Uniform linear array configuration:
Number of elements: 64
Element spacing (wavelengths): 0.75
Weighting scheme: kaiser
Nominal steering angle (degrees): -30
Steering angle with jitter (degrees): -28.984
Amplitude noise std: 0.05
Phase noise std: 0.05

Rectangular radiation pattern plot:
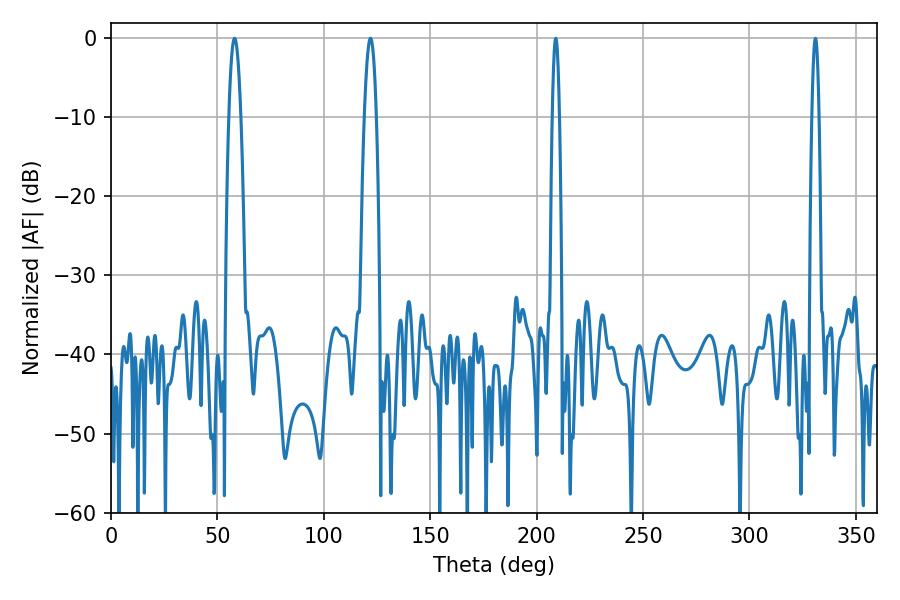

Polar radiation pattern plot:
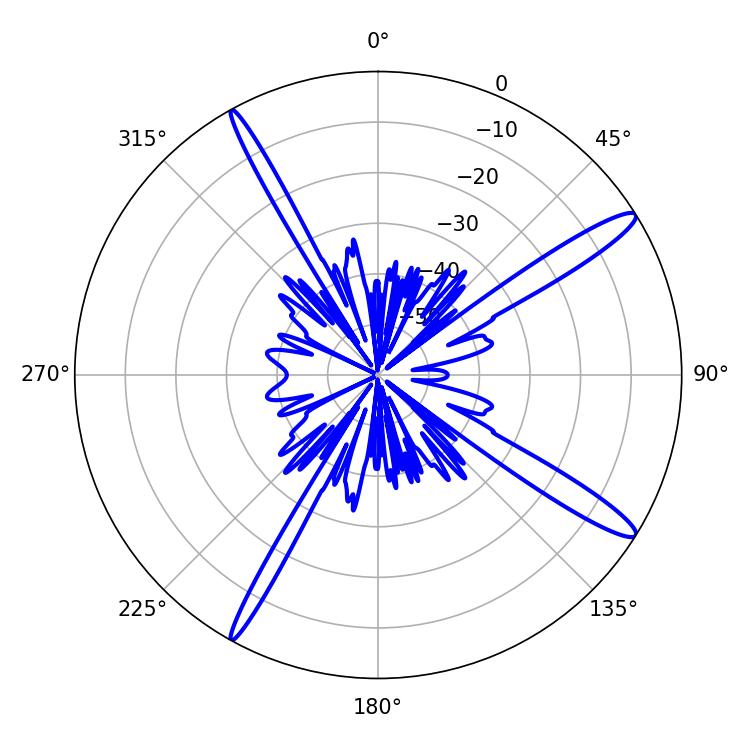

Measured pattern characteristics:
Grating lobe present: TRUE
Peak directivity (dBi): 14.83
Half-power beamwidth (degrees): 1.8
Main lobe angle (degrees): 208.98